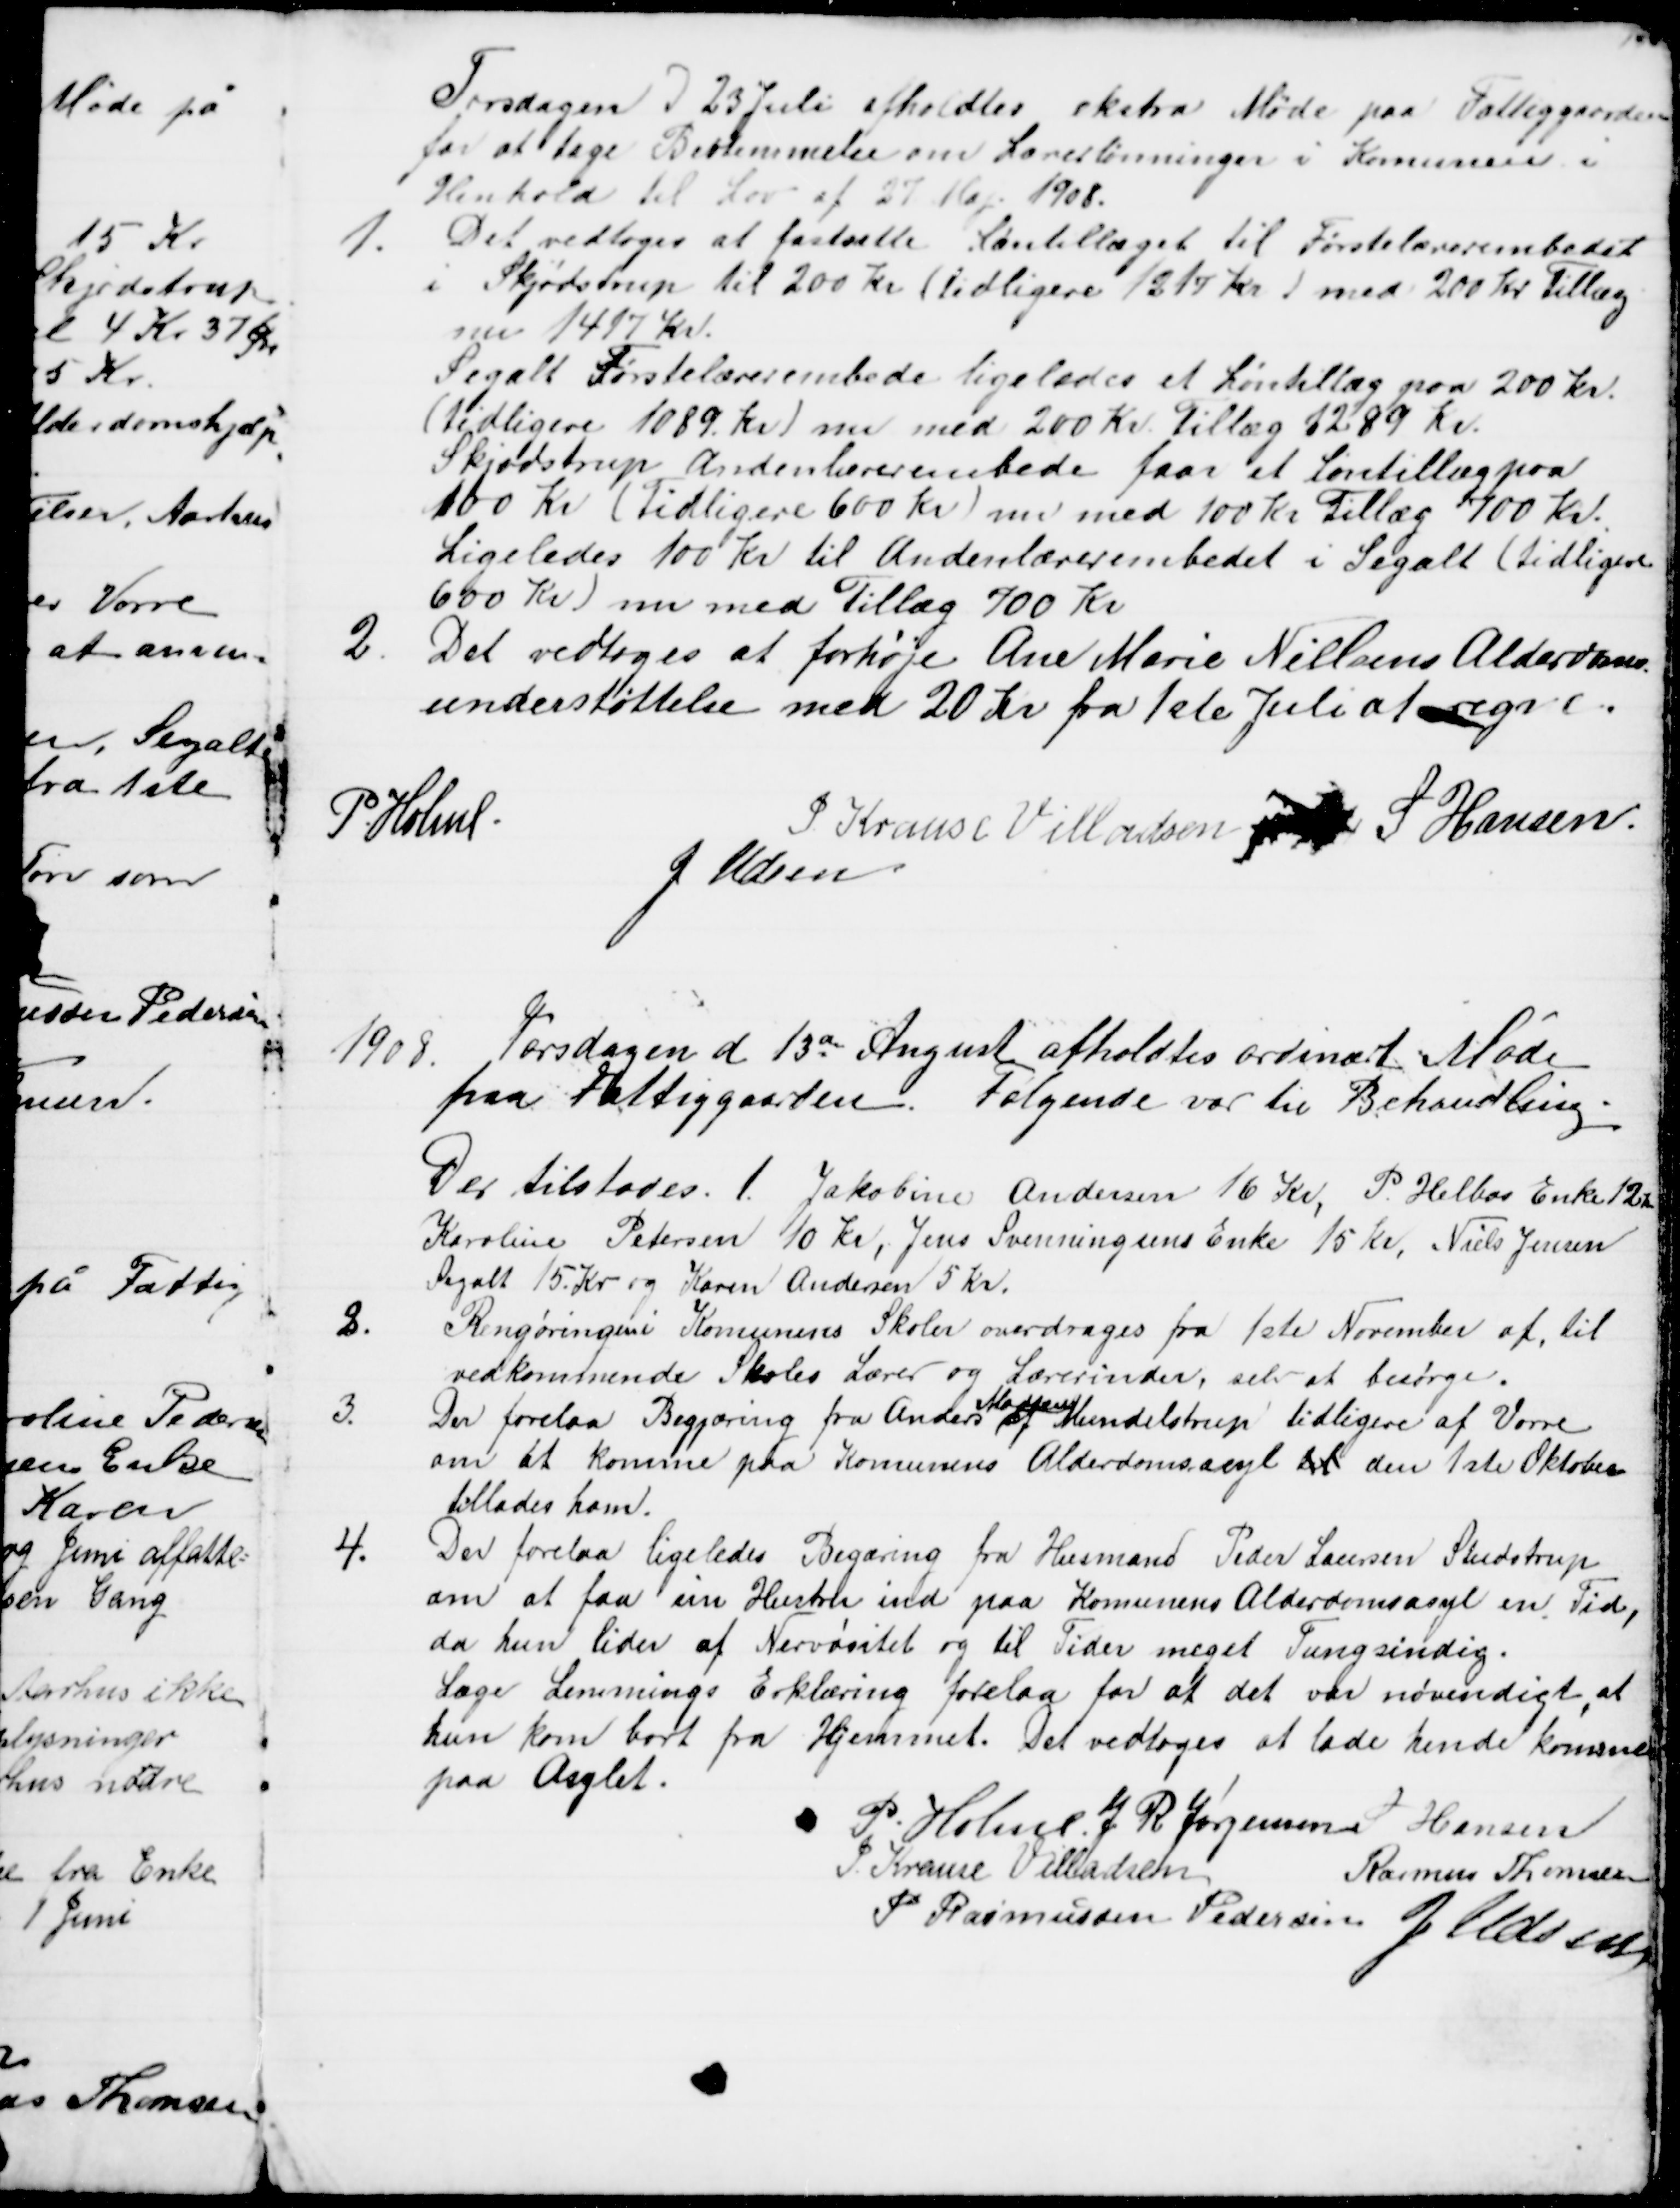
Transskription:
Tirsdagen d 23 Juli afholdtes ekstra Møde paa Fattiggaarden
for at tage Bestemmelse om Lærerlønninger i Komunen i
Henhold til Lov af 27 Maj 1908.
1.
Det vedtoges at fastsætte Løntillæget til Førstelærerembedet
i Skjødstrup til 200 Kr. (tidligere 1217 Kr) med 200 Kr. Tillæg
nu 1417 Kr.
Segalt Førstelærerembede ligeledes et Løntillæg paa 200 Kr.
(tidligere 1089 kr) nu med 200 Kr. tillæg 1289 Kr.
Skjødstrup Andenlærerembede faar et Løntillæg paa
100 Kr (Tidligere 600 Kr) nu med 100 Kr Tillæg 700 Kr.
Ligeledes 100 Kr til Andenlærerembedet i Segalt (tidligere
600 Kr) nu med Tillæg 700 Kr
2.
Det vedtoges at forhøje Ane Marie Nielsens Alderdoms-
understøttelse med 20 Kr fra 1ste Juli at regne.
P. Holme.
J. Krause Villadsen S Hansen
J. Udsen
1908.
Torsdagen d 13de August afholdtes ordinært Møde
paa Fattiggaarden. Følgende var til Behandling.
Der tilstodes. 1. Jakobine Andersen 16 Kr, P. Helbos Enke 12Kr
Karoline Petersen 10 Kr, Jens Svenningsens Enke 15 Kr. Niels Jensen
Segalt 15 Kr. og Karen Andersen 5 Kr.
2.
Rengøringen i Komunens Skoler overdrages fra 1ste November af, til
vedkommende Skoles Lærer og Lærerinder, selv at besørge.
3.
Der forelaa Begjæring fra Anders 
Madsen
af Mundelstrup tidligere af Vorre
om at komme paa Komunens Alderdomsasyl til den 1ste Oktober
tillades ham.
4.
Der forelaa ligeledes Begæring fra Husmand Peder Laursen Studstrup
om at faa sin Hustru ind paa Komunens Alderdomsasyl en Tid,
da hun lider af Nervøsitet og til Tider meget Tungsindig.
Læge Lemmings Erklæring forelaa for at det var nøvendigt, at 
hun kom bort fra Hjemmet. Det vedtoges at lade hende komme
paa Asylet.
P. Holme J. R. Jørgensen S Hansen
J. Krause Villadsen
Rasmus Thomsen
P Rasmussen Pedersen J Udsen